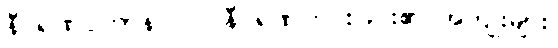
နီဝရဏပ္ပဟာနဝဂ္ဂ။ ။နီဝရဏကင်းခြင်း၏ အကျိုးများ၊